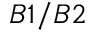
B 1 / B 2